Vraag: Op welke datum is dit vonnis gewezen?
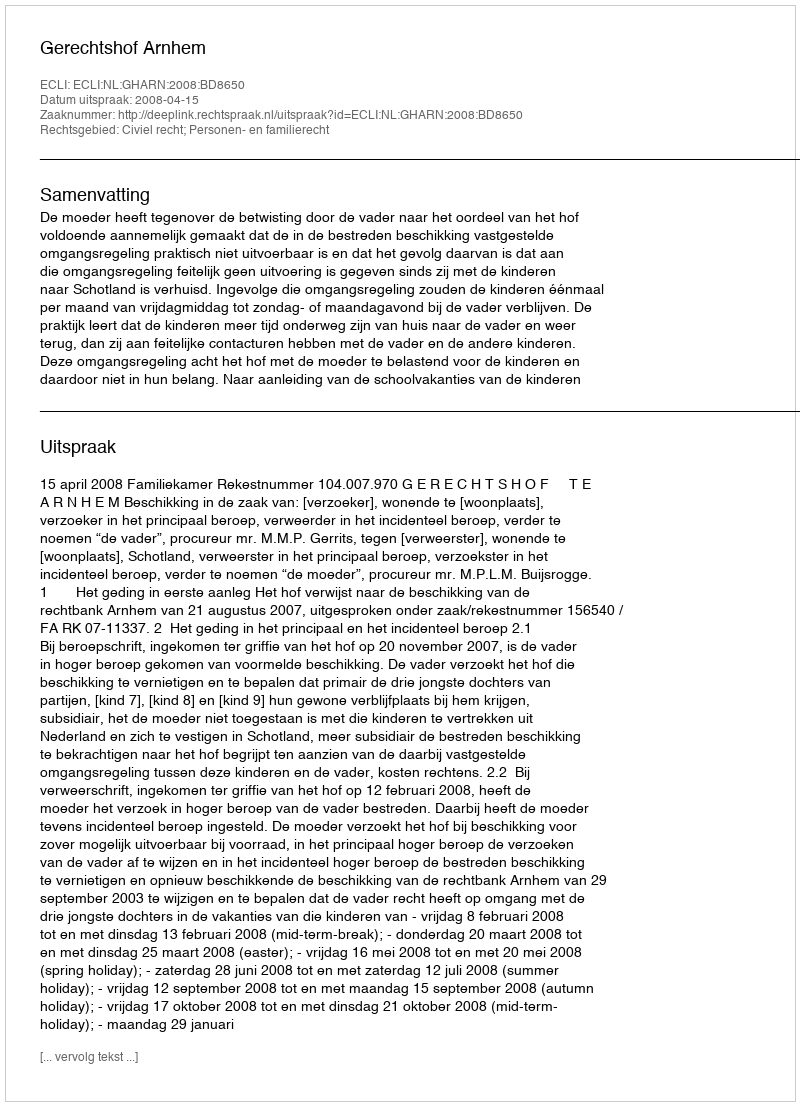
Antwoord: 2008-04-15